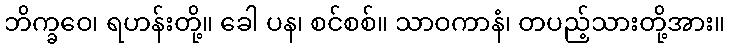
ဘိက္ခဝေ၊ ရဟန်းတို့။ ခေါ ပန၊ စင်စစ်။ သာဝကာနံ၊ တပည့်သားတို့အား။